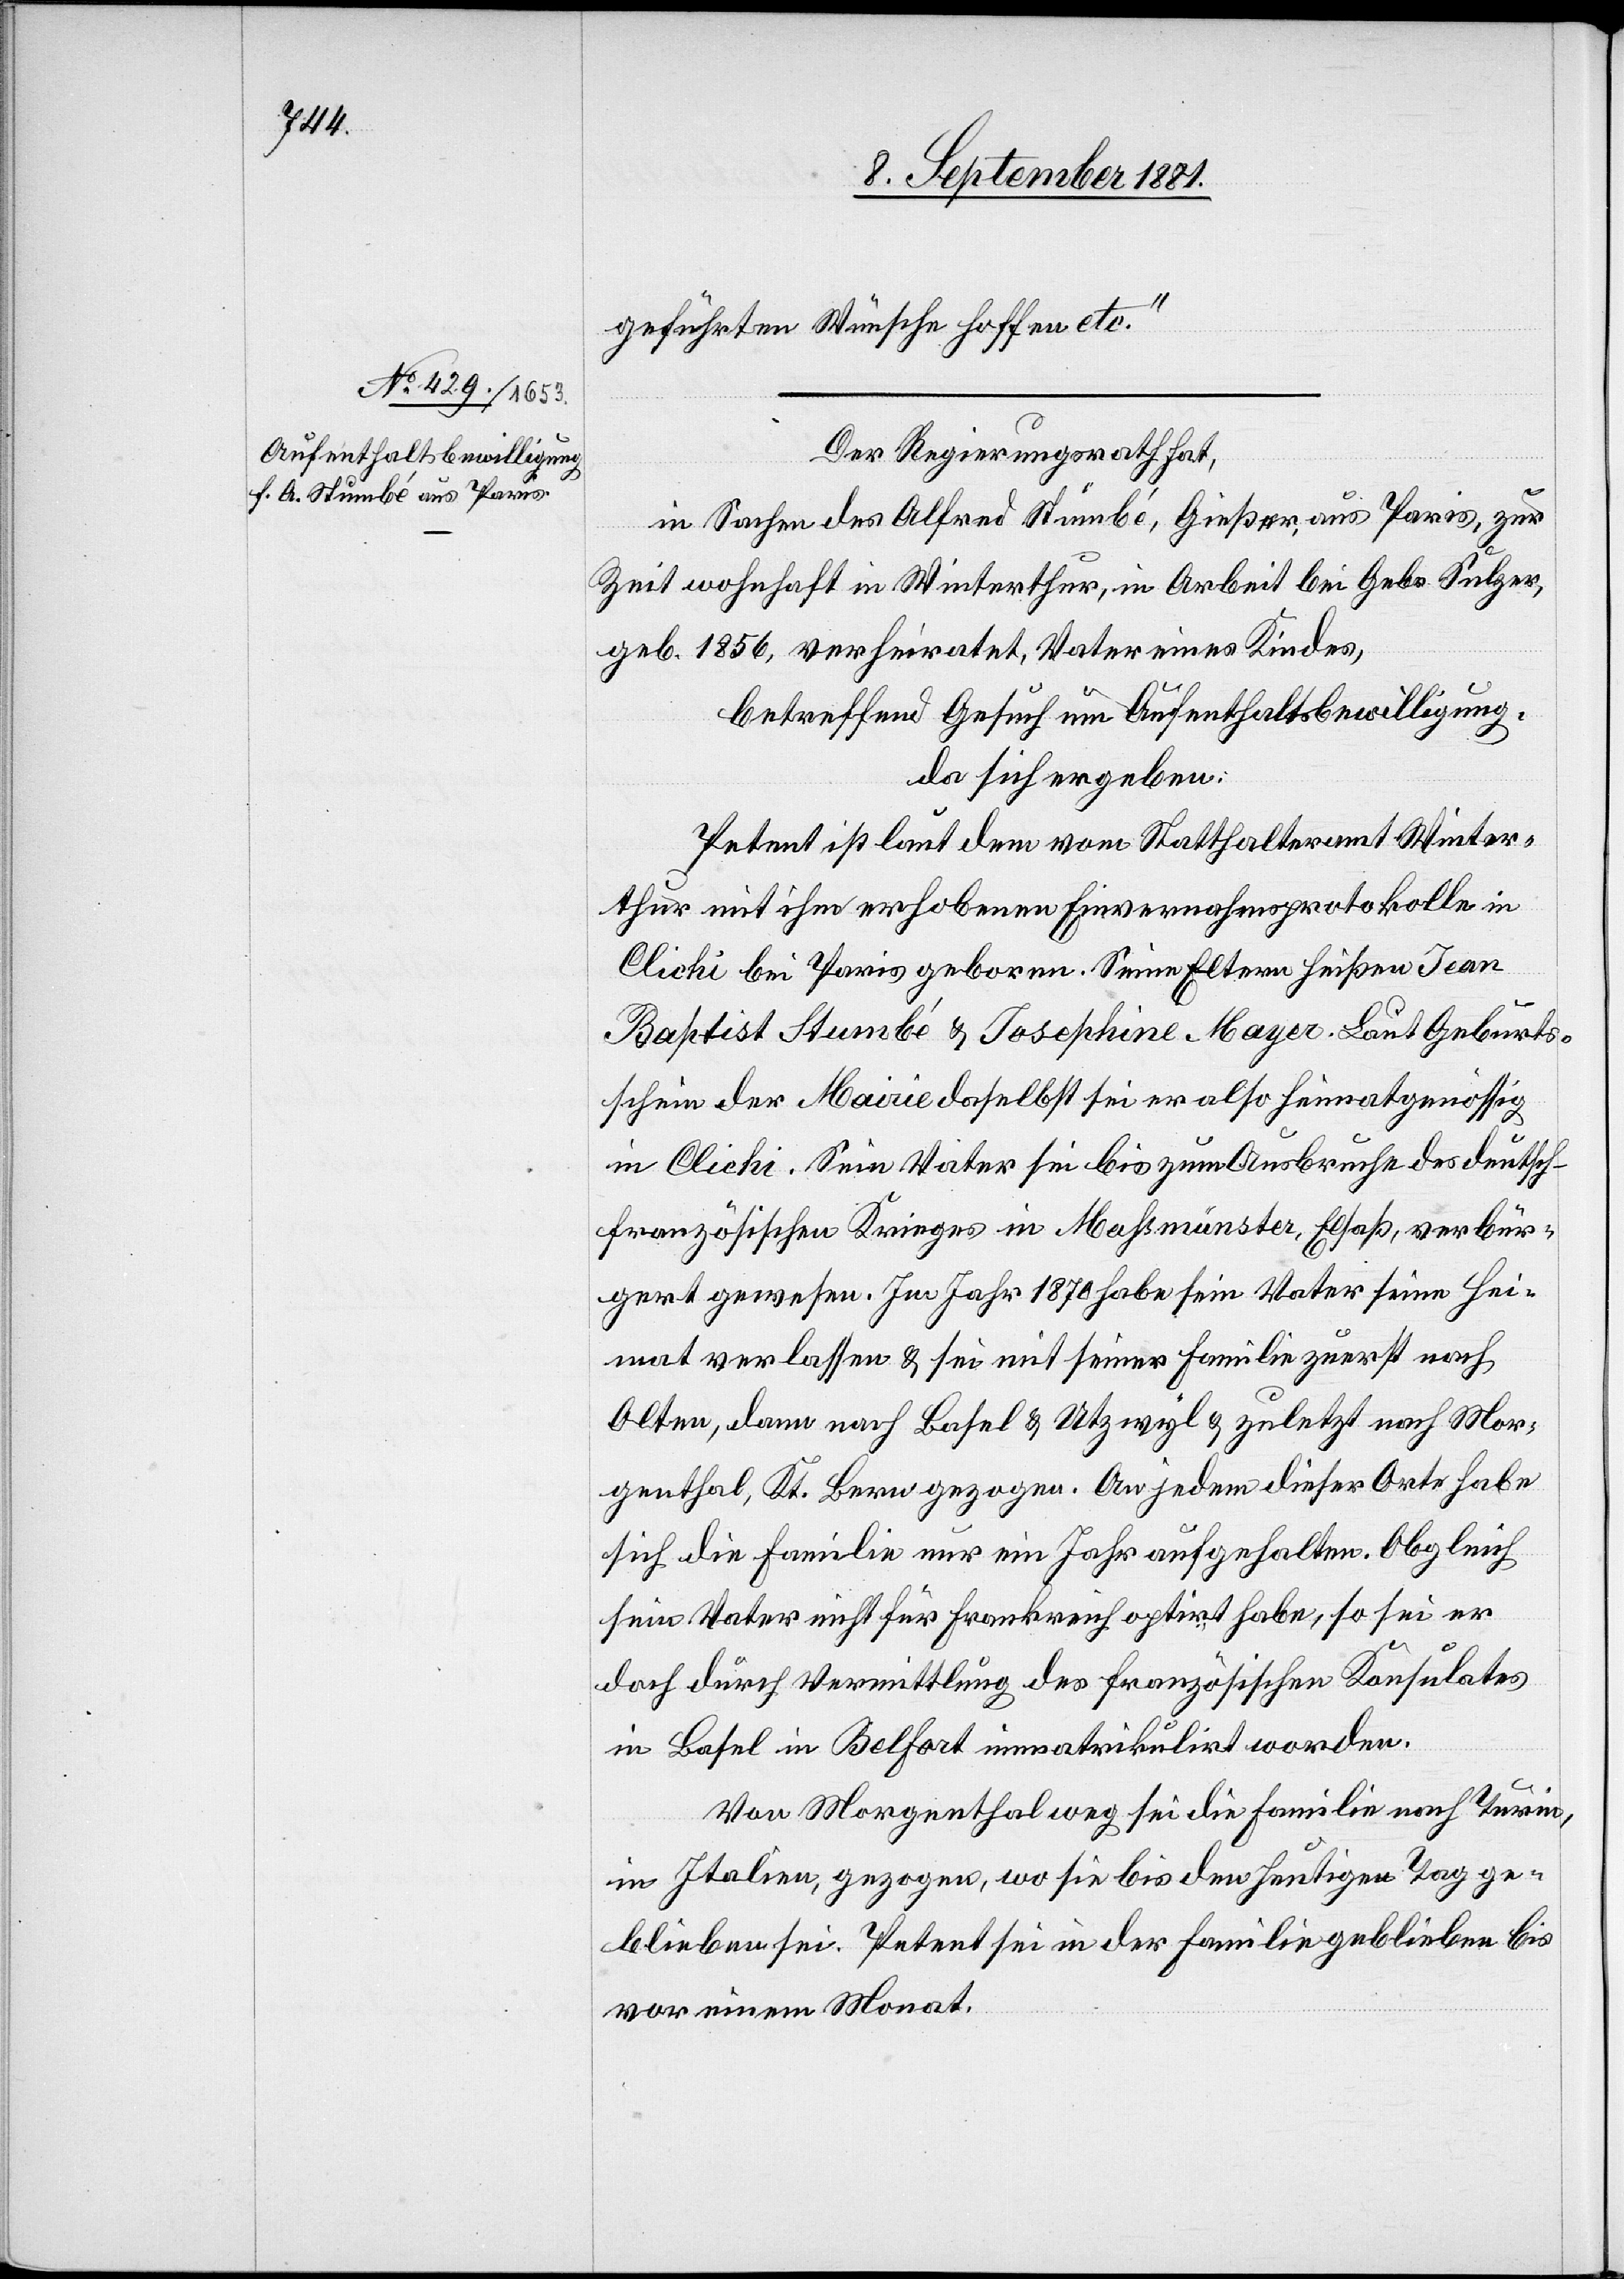
geführten Wünsche hoffen etc.“
Der Regierungsrath hat,
in Sachen des Alfred Stumbé, Gießer aus Paris, zur
Zeit wohnhaft in Winterthur, in Arbeit bei Gebr. Sulzer,
geb. 1856, verheiratet, Vater eines Kindes,
betreffend Gesuch um Aufenthaltsbewilligung,
da sich ergeben:
Petent ist laut dem vom Statthalteramt Winter¬
thur mit ihm erhobenen Einvernahmsprotokolle in
Clichi bei Paris geboren. Seine Eltern heißen Jean
Baptist Stubé & Josephine Mayer. Laut Geburts¬
schein der Mairie daselbst sei er also heimatgenössig
in Clichi. Sein Vater sei bis zum Ausbruch des deutsc¬
h-französischen Krieges in Massmünster, Elsaß, verbür¬
gert gewesen. Im Jahr 1870 habe sein Vater seine Hei¬
mat verlassen & sei mit seiner Familie zuerst nach
Olten, dann nach Basel & Utzwyl & zuletzt nach Mor¬
genthal, Kt. Bern gezogen. An jedem dieser Orte habe
sich die Familie nur ein Jahr aufgehalten. Obgleich
sein Vater nicht für Frankreich optirt habe, so sei er
doch durch Vermittlung des französischen Konsulates
in Basel in Belfort immatrikulirt worden.
Von Morgenthal weg sei die Familie nach Turin,
in Italien, gezogen, wo sie bis den heutigen Tag ge¬
blieben sei. Petent sei in der Familie geblieben bis
vor einem Monat.